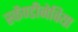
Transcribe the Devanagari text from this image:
स्कैण्डीनेविया